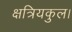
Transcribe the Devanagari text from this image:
क्षत्रियकुल।